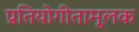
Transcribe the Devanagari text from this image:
प्रतियोगीतामूलक